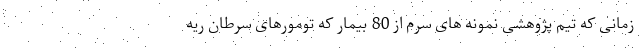
زمانی که تیم پژوهشی نمونه های سرم از 80 بیمار که تومورهای سرطان ریه